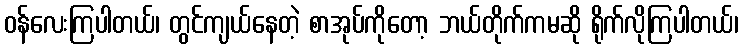
ဝန်လေးကြပါတယ်၊ တွင်ကျယ်နေတဲ့ စာအုပ်ကိုတော့ ဘယ်တိုက်ကမဆို ရိုက်လိုကြပါတယ်၊